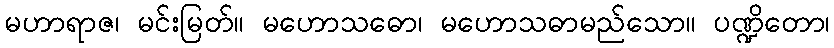
မဟာရာဇ၊ မင်းမြတ်။ မဟောသဓော၊ မဟောသဓာမည်သော။ ပဏ္ဍိတော၊